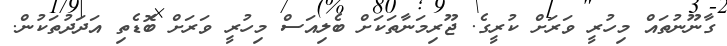
ގާނޫނުތައް މިހުރީ ވަރަށް ކުރީގެ. ޖޫރިމަނާތަކަށް ބެލިއަސް މިހުރީ ވަރަށް ބޮޑެތި އަދަދުތަކުން.